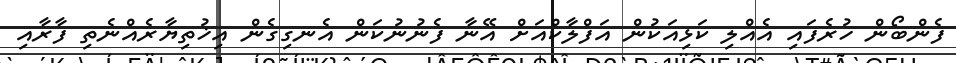
ފެންބޯން ހުރެފައި އެއްލި ކަޅިއަކުން އަފްލާކްއަށް އޭނާ ފެނުނުކަން އެނގިގެން އިޚުތިޔާރެއްނެތި ފާރާއި